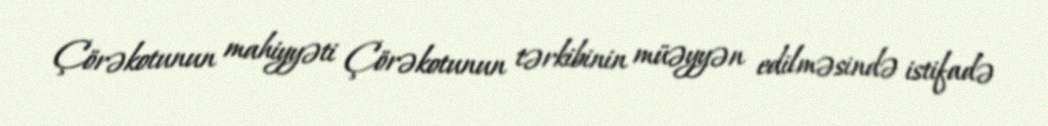
Çörəkotunun mahiyyəti Çörəkotunun tərkibinin müəyyən edilməsində istifadə